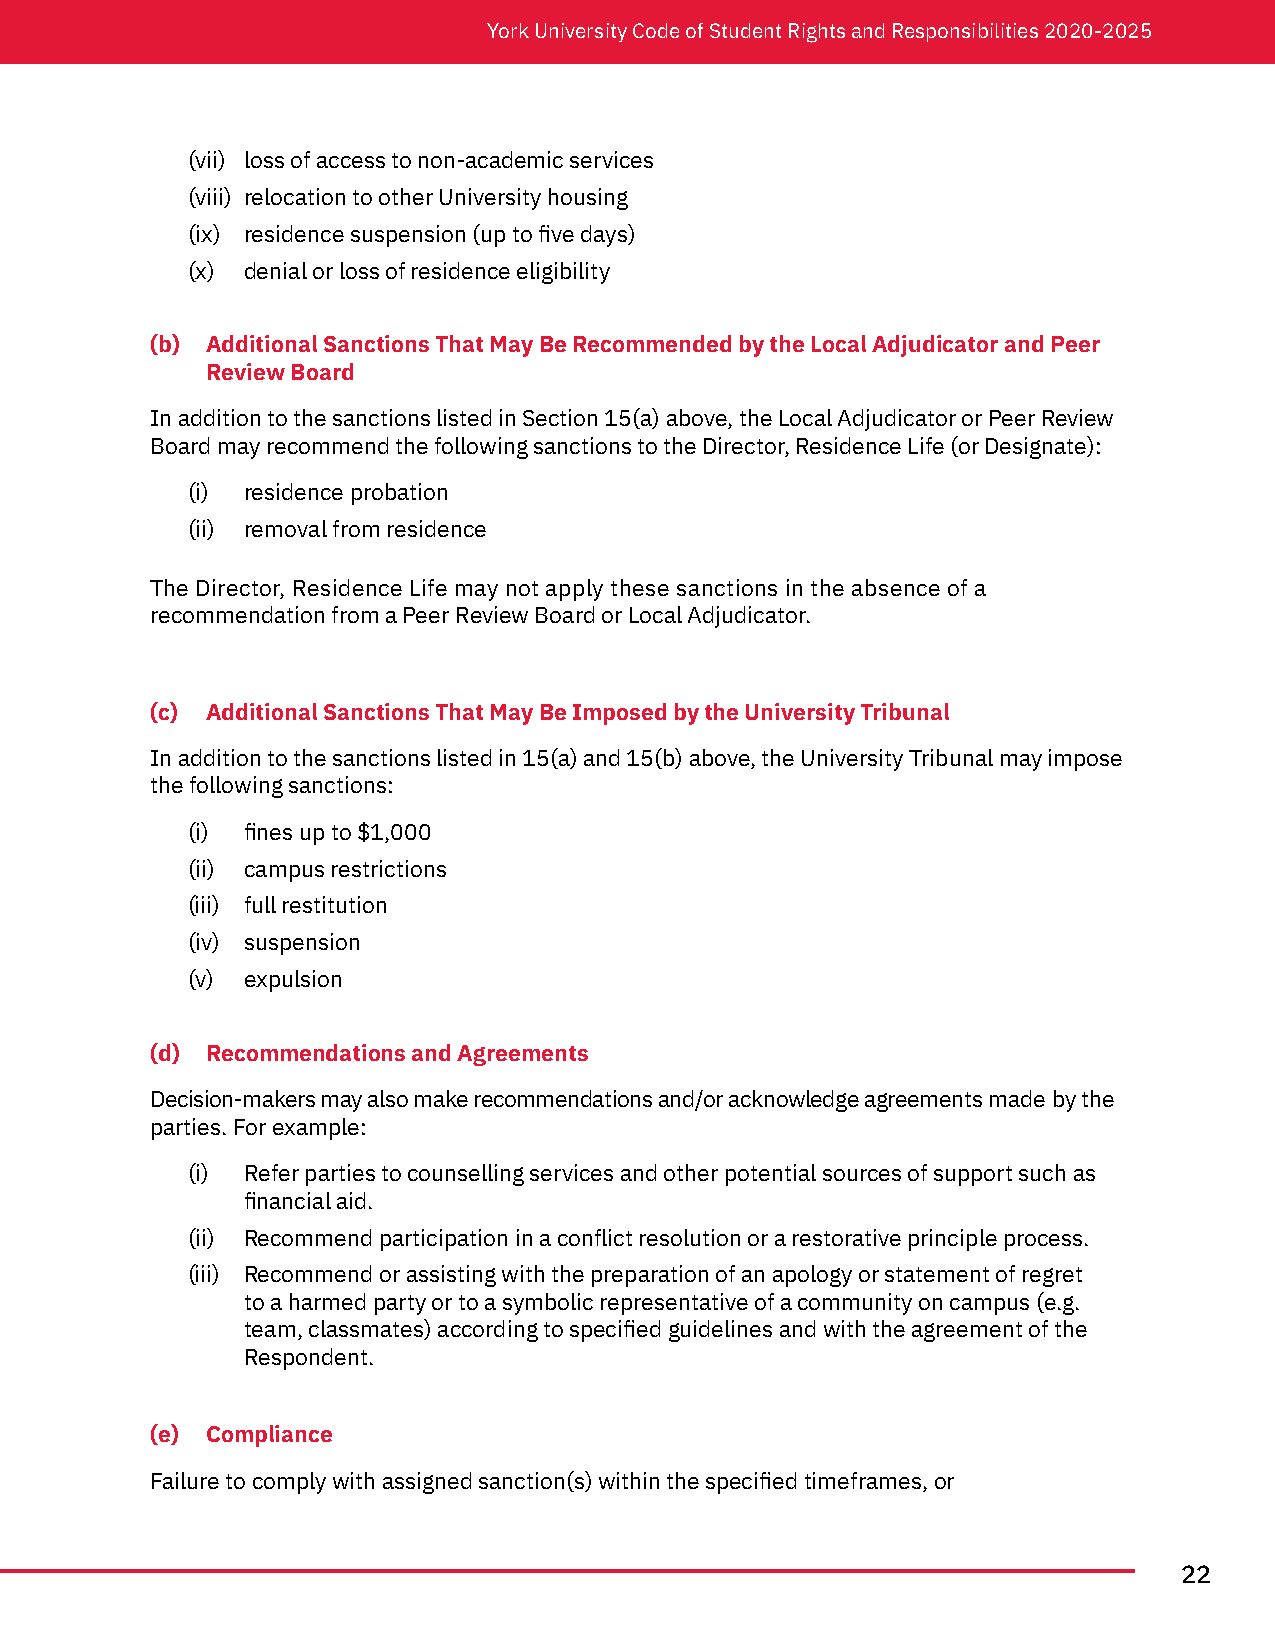
York University Code of Student Rights and Responsibilities 2020-2025
 (vii) loss of access to non-academic services
 (viii) relocation to other University housing
 (ix) residence suspension (up to five days)
 (x) denial or loss of residence eligibility
 (b) Additional Sanctions That May Be Recommended by the Local Adjudicator and Peer
 Review Board
 In addition to the sanctions listed in Section 15(a) above, the Local Adjudicator or Peer Review
 Board may recommend the following sanctions to the Director, Residence Life (or Designate):
 (i) residence probation
 (ii) removal from residence
 The Director, Residence Life may not apply these sanctions in the absence of a
 recommendation from a Peer Review Board or Local Adjudicator.
 (c) Additional Sanctions That May Be Imposed by the University Tribunal
 In addition to the sanctions listed in 15(a) and 15(b) above, the University Tribunal may impose
 the following sanctions:
 (i) fines up to $1,000
 (ii) campus restrictions
 (iii) full restitution
 (iv) suspension
 (v) expulsion
 (d) Recommendations and Agreements
 Decision-makers may also make recommendations and/or acknowledge agreements made by the
 parties. For example:
 (i) Refer parties to counselling services and other potential sources of support such as
 financial aid.
 (ii) Recommend participation in a conflict resolution or a restorative principle process.
 (iii) Recommend or assisting with the preparation of an apology or statement of regret
 to a harmed party or to a symbolic representative of a community on campus (e.g.
 team, classmates) according to specified guidelines and with the agreement of the
 Respondent.
 (e) Compliance
 Failure to comply with assigned sanction(s) within the specified timeframes, or
 22